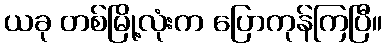
ယခု တစ်မြို့လုံးက ပြောကုန်ကြပြီ။